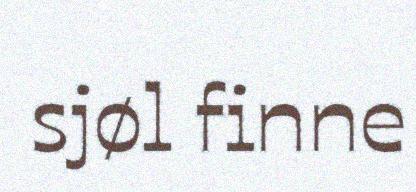
sjøl finne